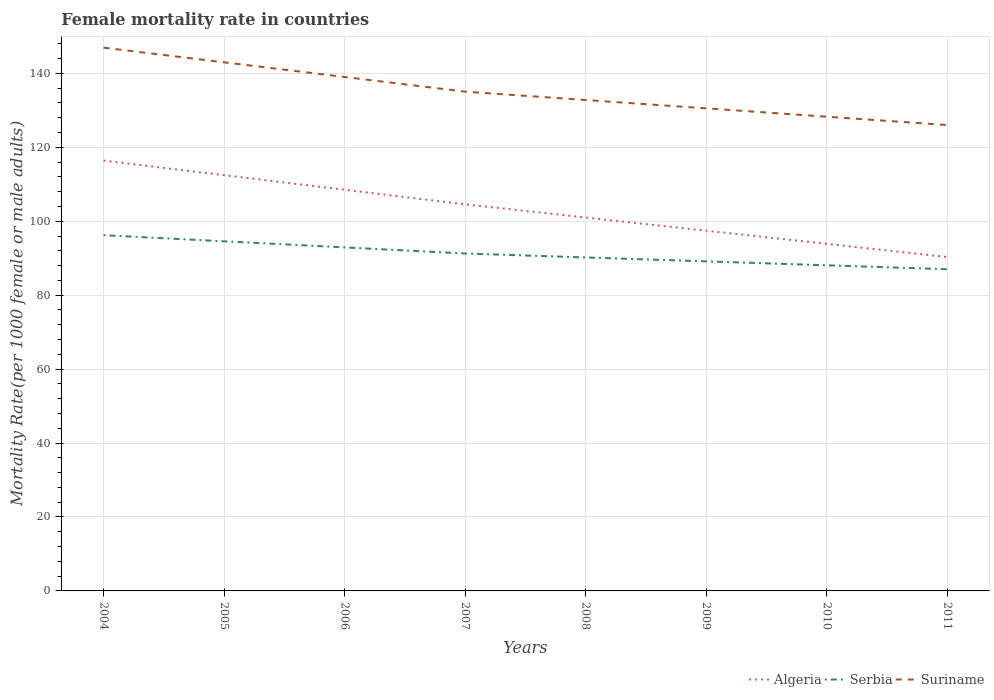
| Years | Algeria | Serbia | Suriname |
 | --- | --- | --- | --- |
 | 2004 | 116 | 96.2 | 147 |
 | 2005 | 112 | 94.6 | 143 |
 | 2006 | 109 | 92.9 | 139 |
 | 2007 | 105 | 91.3 | 135 |
 | 2008 | 101 | 90.2 | 133 |
 | 2009 | 97.4 | 89.1 | 131 |
 | 2010 | 93.9 | 88.1 | 128 |
 | 2011 | 90.3 | 87 | 126 |